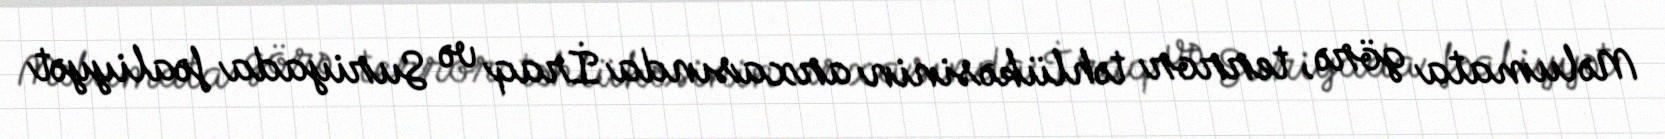
Məlumata görə, terror təhlükəsinin arxasında İraq və Suriyada fəaliyyət